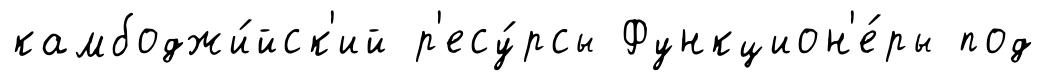
камбоджи́йск'ий р'есу́рсы Функцион'е́ры под